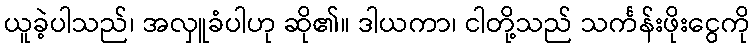
ယူခဲ့ပါသည်၊ အလှူခံပါဟု ဆို၏။ ဒါယကာ၊ ငါတို့သည် သင်္ကန်းဖိုးငွေကို